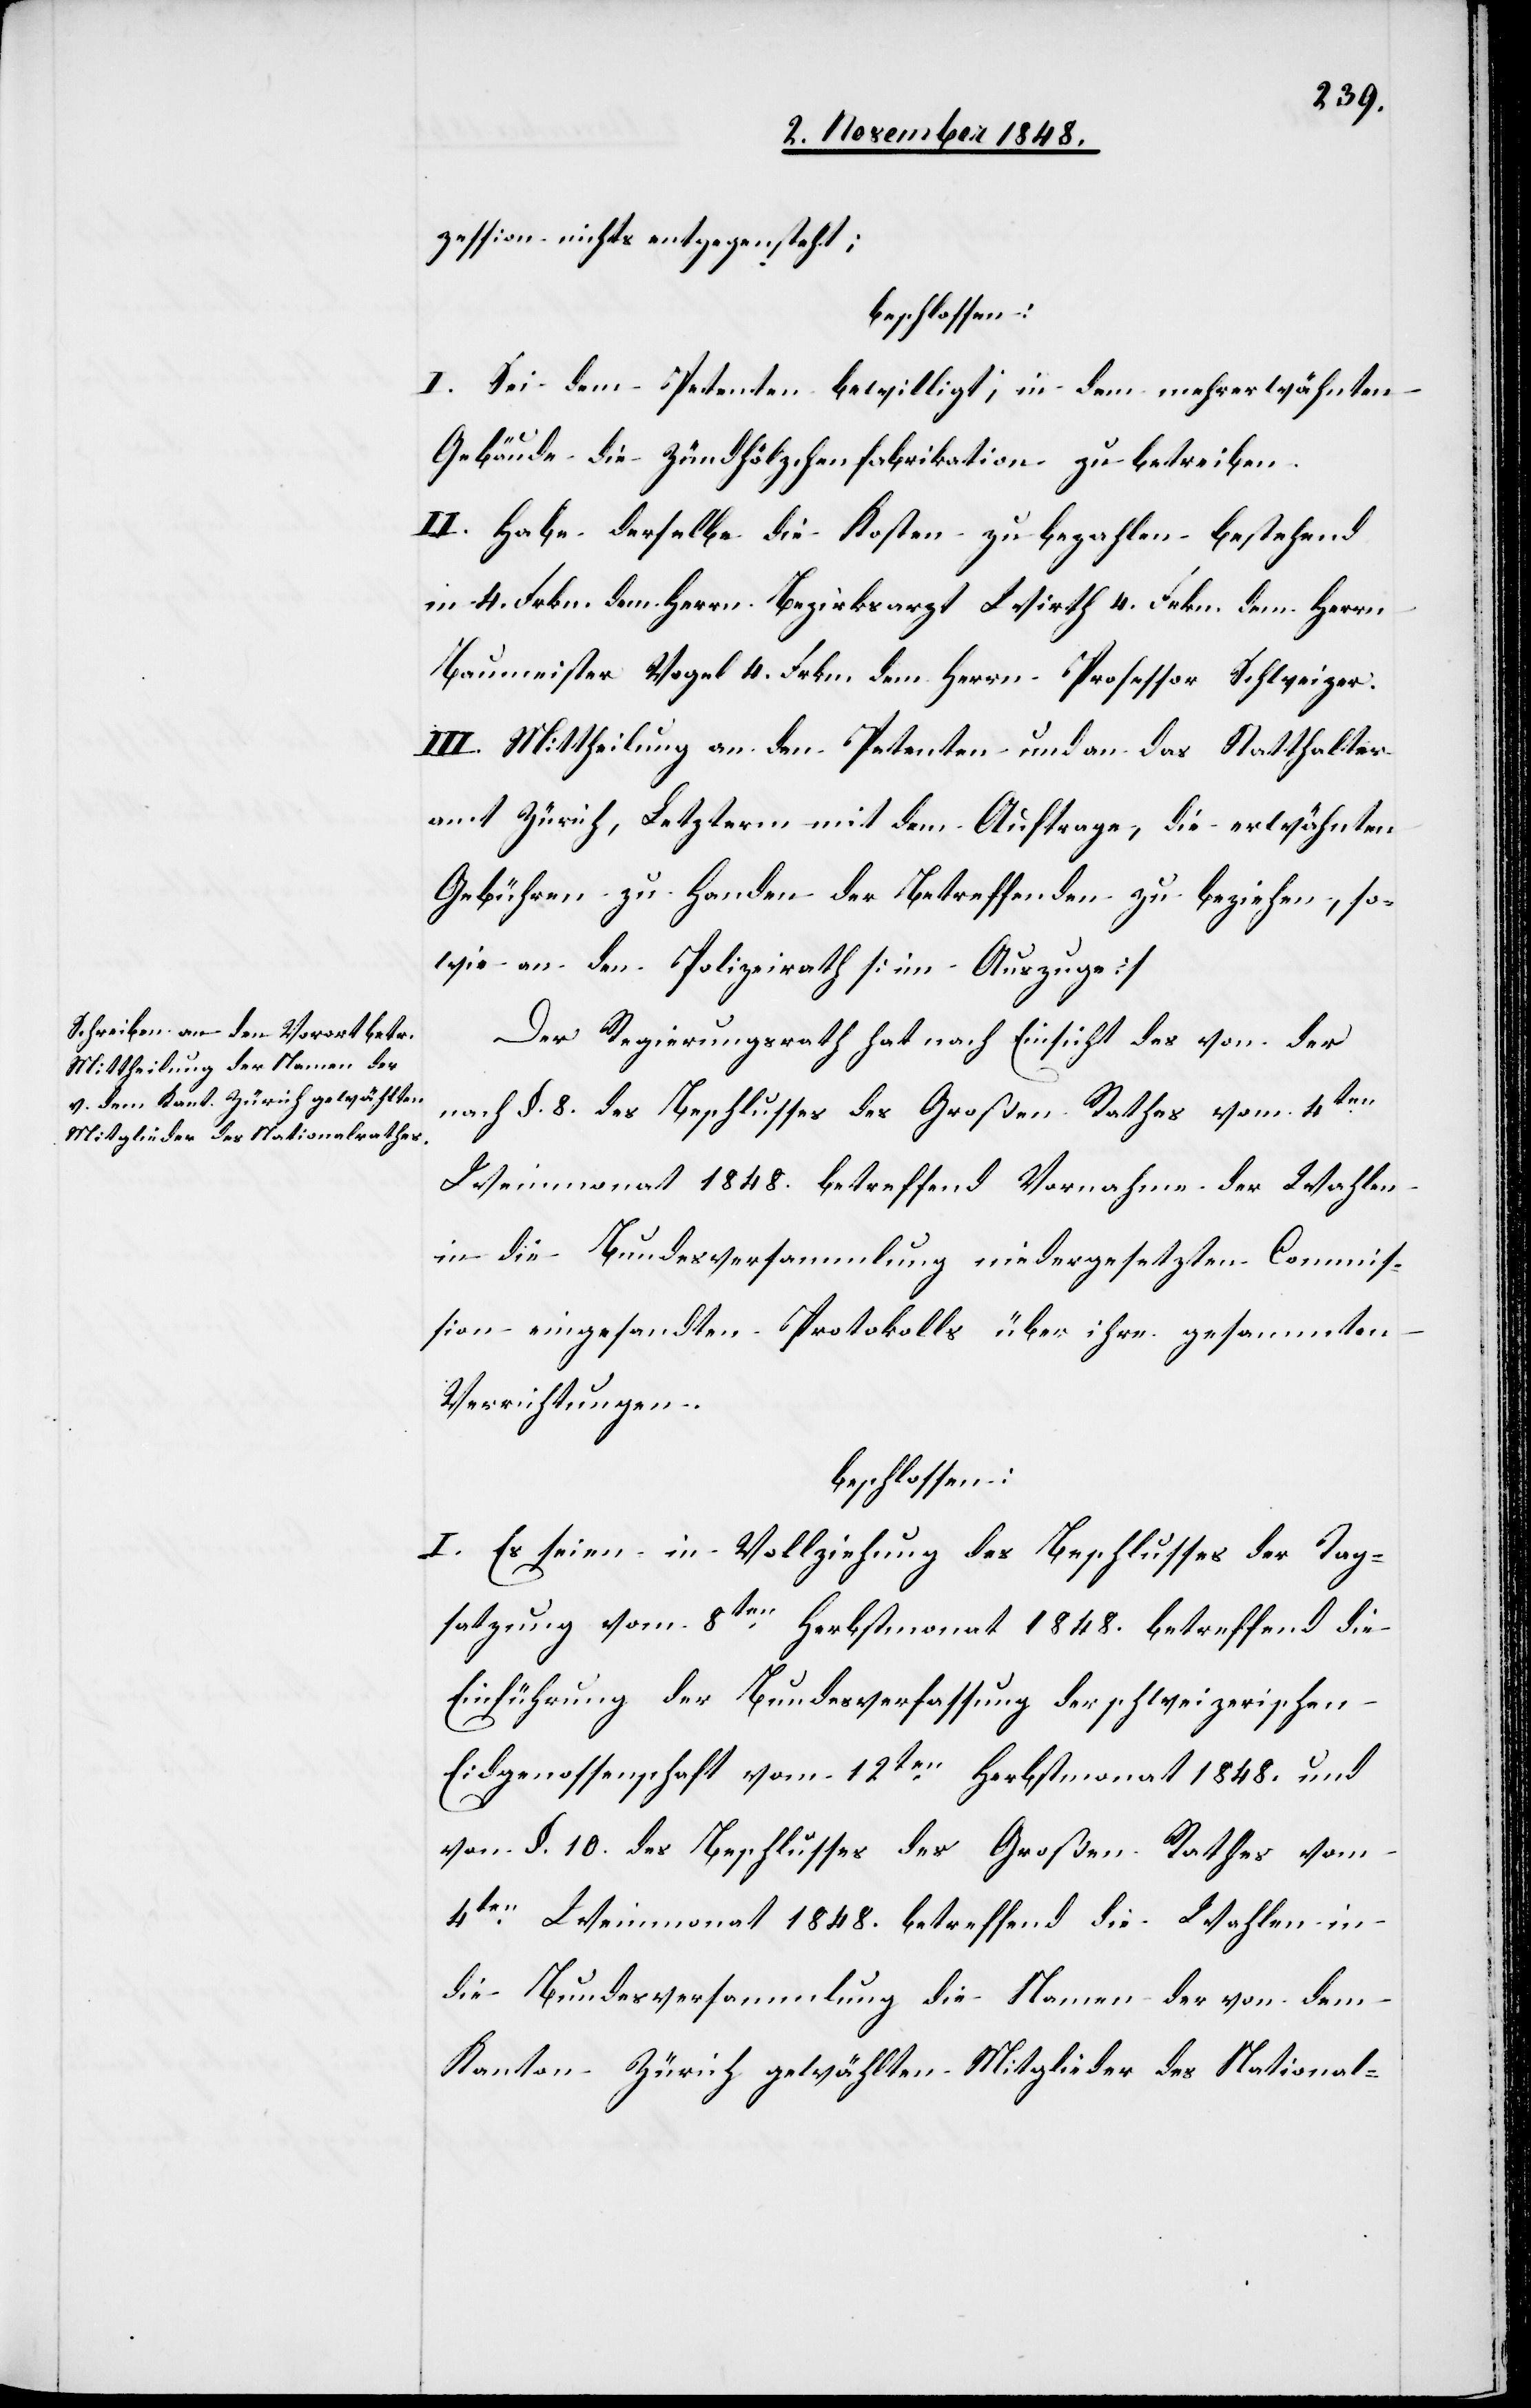
zession nichts entgegensteht;
beschlossen:
I. Sei dem Petenten bewilligt, in dem mehrerwähnten
Gebäude die Zündhölzchenfabrikation zu betreiben.
II. Habe derselbe die Kosten zu bezahlen bestehend
in 4. Frkn. dem Herrn Bezirksarzt Wirth 4. Frkn. dem Herrn
Baumeister Vogel 4. Frkn. dem Herrn Professor Schweizer.
III. Mittheilung an den Petenten und an das Statthalter¬
amt Zürich, Letzterm mit dem Auftrage, die erwähnten
Gebühren zu Handen der Betreffenden zu beziehen, so¬
wie an den Polizeirath [im Auszuge].
Der Regierungsrath hat nach Einsicht des von der
nach §. 8. des Beschlusses des Großen Rathes vom 4ten
Weinmonat 1848. betreffend Vornahme der Wahlen
in die Bundesversammlung niedergesetzten Commis¬
sion eingesandten Protokolls über ihre gesammten
Verrichtungen.
beschlossen:
I. Es seien in Vollziehung des Beschlusses der Tag¬
satzung vom 8ten Herbstmonat 1848. betreffend die
Einführung der Bundesverfassung der schweizerischen
Eidgenossenschaft vom 12ten Herbstmonat 1848. und
von §. 10. des Beschlusses des Großen Rathes vom
4ten Weinmonat 1848. betreffend die Wahlen in
die Bundesversammlung die Namen der von dem
Kanton Zürich gewählten Mitglieder des National-